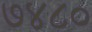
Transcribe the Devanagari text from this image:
७४८०